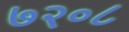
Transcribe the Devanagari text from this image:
७२०८